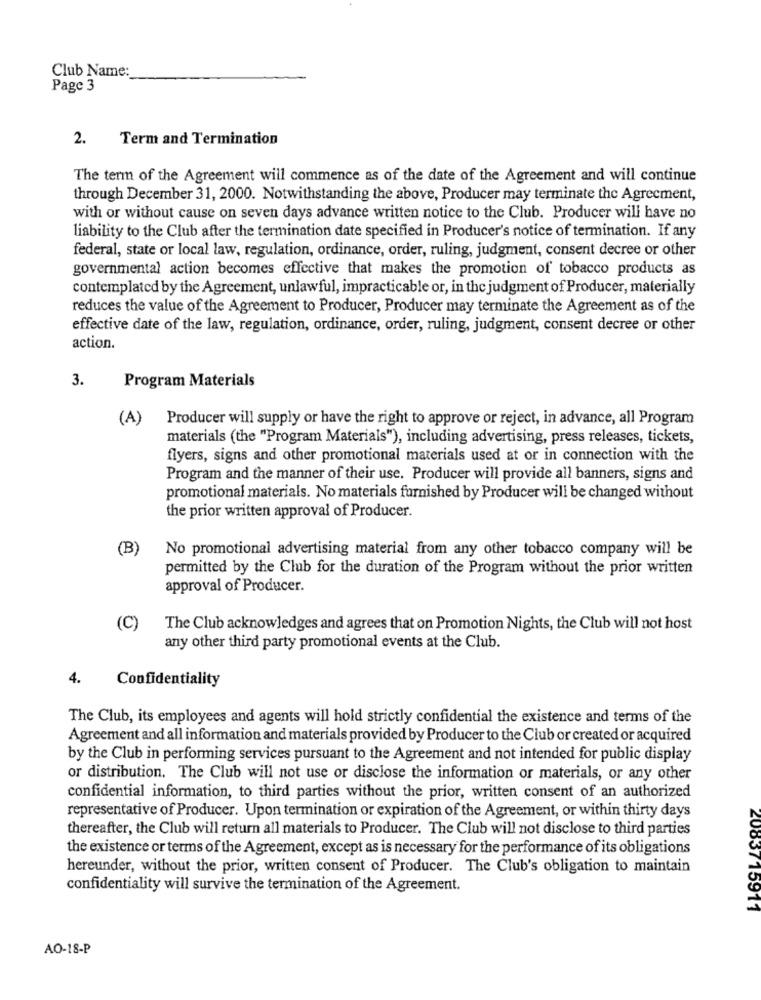
Club Name:
Page 3
2.
Term and Termination
The term of the Agreement will commence as of the date of the Agreement and will continue
through December 31, 2000. Notwithstanding the above, Producer may terminate the Agreement,
with or without cause on seven days advance written notice to the Club. Producer will have no
liability to the Club after the termination date specified in Producer's notice of termination. If any
federal, state or local law, regulation, ordinance, order, ruling, judgment, consent decree or other
governmental action becomes effective that makes the promotion of tobacco products as
contemplated by the Agreement, unlawful, impracticable or, in the judgment of Producer, materially
reduces the value of the Agreement to Producer, Producer may terminate the Agreement as of the
effective date of the law, regulation, ordinance, order, ruling, judgment, consent decree or other
action.
3.
Program Materials
(A)
Producer will supply or have the right to approve or reject, in advance, all Program
materials (the "Program Materials"), including advertising, press releases, tickets,
flyers, signs and other promotional materials used at or in connection with the
Program and the manner of their use. Producer will provide all banners, signs and
promotional materials. No materials furnished by Producer will be changed without
the prior written approval of Producer.
(B)
No promotional advertising material from any other tobacco company will be
permitted by the Club for the duration of the Program without the prior written
approval of Producer.
(C)
The Club acknowledges and agrees that on Promotion Nights, the Club will not host
any other third party promotional events at the Club.
4.
Confidentiality
The Club, its employees and agents will hold strictly confidential the existence and terms of the
Agreement and all information and materials provided by Producer to the Club or created or acquired
by the Club in performing services pursuant to the Agreement and not intended for public display
or distribution. The Club will not use or disclose the information or materials, or any other
confidential information, to third parties without the prior, written consent of an authorized
representative of Producer. Upon termination or expiration of the Agreement, or within thirty days
thereafter, the Club will return all materials to Producer. The Club will not disclose to third parties
the existence or terms of the Agreement, except as is necessary for the performance of its obligations
hereunder, without the prior, written consent of Producer. The Club's obligation to maintain
confidentiality will survive the termination of the Agreement.
2003715911
AO-18-P